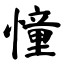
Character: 憧